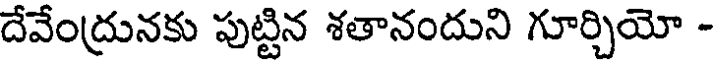
దేవేంద్రునకు పుట్టిన శతానందుని గూర్చియో -